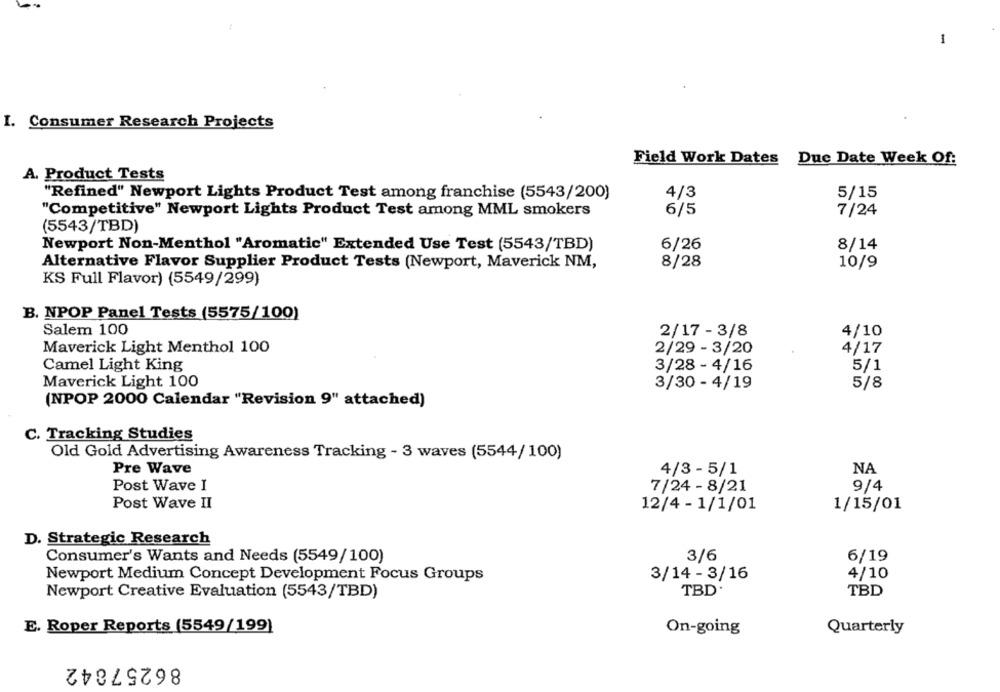
I. Consumer Research Projects
Field Work Dates Due Date Week Of:
A. Product Tests
4/3
5/15
"Refined" Newport Lights Product Test among franchise (5543/200)
"Competitive" Newport Lights Product Test among MML smokers
6/5
7/24
(5543/TBD)
Newport Non-Menthol "Aromatic" Extended Use Test (5543/TBD)
6/26
8/14
8/28
Alternative Flavor Supplier Product Tests (Newport, Maverick NM,
10/9
KS Full Flavor) (5549/299)
B. NPOP Panel Tests (5575/100)
Salem 100
2/17 - 3/8
4/10
Maverick Light Menthol 100
2/29 - 3/20
4/17
Camel Light King
5/1
3/28 - 4/16
Maverick Light 100
3/30 - 4/19
5/8
(NPOP 2000 Calendar "Revision 9" attached)
C. Tracking Studies
Old Gold Advertising Awareness Tracking - 3 waves (5544/100)
Pre Wave
4/3 - 5/1
NA
Post Wave I
7/24 - 8/21
9/4
Post Wave II
12/4 - 1/1/01
1/15/01
D. Strategic Research
Consumer's Wants and Needs (5549/100)
3/6
6/19
4/10
Newport Medium Concept Development Focus Groups
3/14 - 3/16
Newport Creative Evaluation (5543/TBD)
TBD.
TBD
E. Roper Reports (5549/199)
Quarterly
On-going
86257842